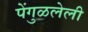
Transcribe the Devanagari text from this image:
पेंगुळलेली